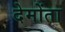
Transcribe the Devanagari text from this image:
देमोंता